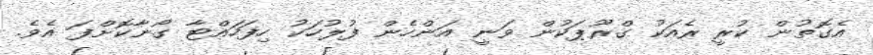
އެގޮތުން ކުރީ ރެއަކު ގްރޫޕަކުން ވަނީ އަންހެން ފުލުހަކު ހިފަހައްޓާ ގޯނާކޮށްފަ އެވެ.